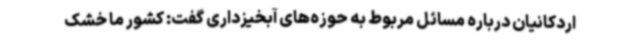
اردکانیان درباره مسائل مربوط به حوزه‌های آبخیزداری گفت: کشور ما خشک